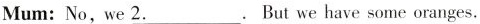
Mum:No,we\underline{2}.But we have some oranges.